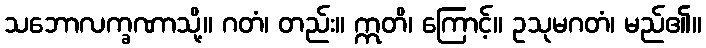
သဘောလက္ခဏာသို့။ ဂတံ၊ တည်း။ ဣတိ၊ ကြောင့်။ ဥသုမဂတံ၊ မည်၏။